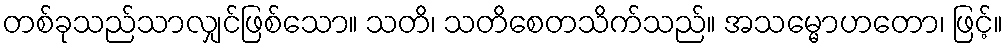
တစ်ခုသည်သာလျှင်ဖြစ်သော။ သတိ၊ သတိစေတသိက်သည်။ အသမ္မောဟတော၊ ဖြင့်။